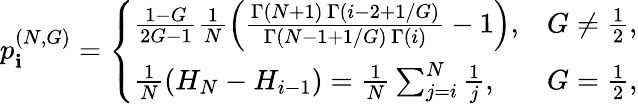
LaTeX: p_{\mathbf{i}}^{(N,G)}=\left\{ \begin{array}{ll}{\frac{1-G}{2G-1}\frac{1}{N}\left(\frac{\Gamma(N+1)\, \Gamma(i-2+1/G)}{\Gamma(N-1+1/G)\, \Gamma(i)}-1\right),}&{G\neq\frac{1}{2},}\\ {\frac{1}{N}\left(H_{N}-H_{i-1}\right)=\frac{1}{N}\sum_{j=i}^{N}\frac{1}{j},}&{G=\frac{1}{2},}\end{array}\right.